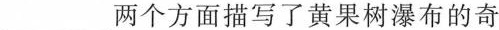
___两个方面描写了黄果树瀑布的奇